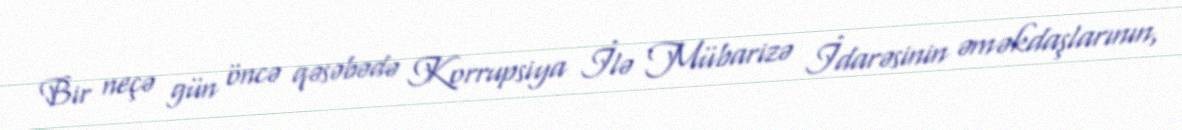
Bir neçə gün öncə qəsəbədə Korrupsiya İlə Mübarizə İdarəsinin əməkdaşlarının,